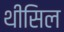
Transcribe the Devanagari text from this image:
थीसिल